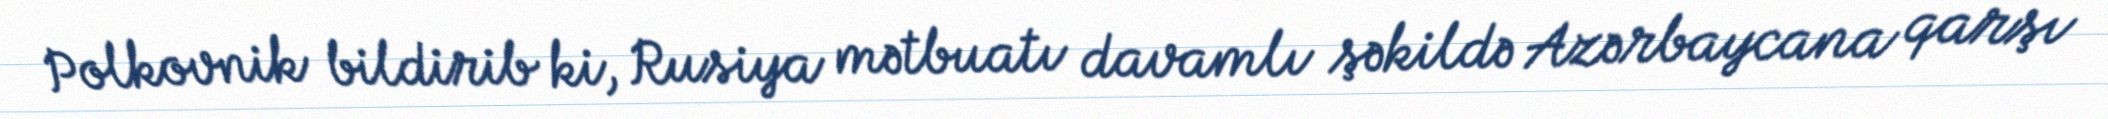
Polkovnik bildirib ki, Rusiya mətbuatı davamlı şəkildə Azərbaycana qarşı